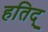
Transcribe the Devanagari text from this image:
हतिद्